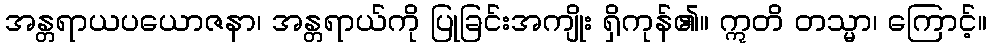
အန္တရာယပယောဇနာ၊ အန္တရာယ်ကို ပြုခြင်းအကျိုး ရှိကုန်၏။ ဣတိ တသ္မာ၊ ကြောင့်။